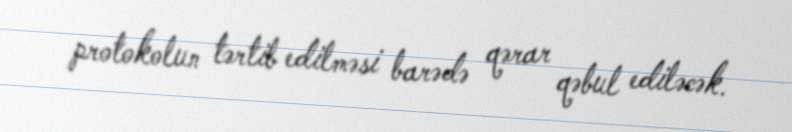
protokolun tərtib edilməsi barədə qərar qəbul ediləcək.